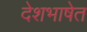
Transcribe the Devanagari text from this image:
देशभाषेत